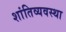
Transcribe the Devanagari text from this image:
शांतिव्यवस्था